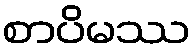
စာပိမဿ